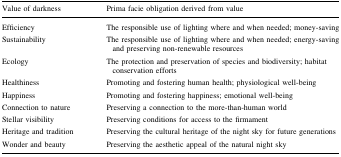
| Value of darkness | Prima facie obligation derived from value |
 | --- | --- |
 | Efficiency | The responsible use of lighting where and when needed; money-saving |
 | Sustainability | The responsible use of lighting where and when needed; energy-saving and preserving non-renewable resources |
 | Ecology | The protection and preservation of species and biodiversity; habitat conservation efforts |
 | Healthiness | Promoting and fostering human health; physiological well-being |
 | Happiness | Promoting and fostering happiness; emotional well-being |
 | Connection to nature | Preserving a connection to the more-than-human world |
 | Stellar visibility | Preserving conditions for access to the firmament |
 | Heritage and tradition | Preserving the cultural heritage of the night sky for future generations |
 | Wonder and beauty | Preserving the aesthetic appeal of the natural night sky |